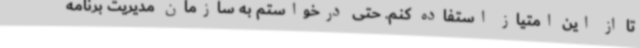
تا از این امتیاز استفاده کنم. حتی درخواستم به سازمان مدیریت برنامه